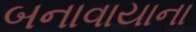
બનાવાયાના